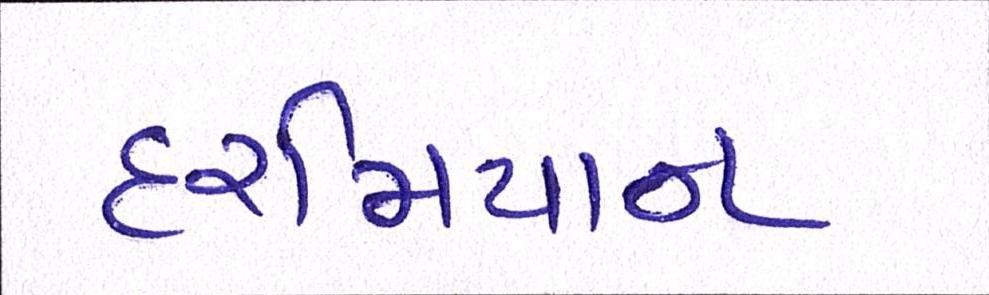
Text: દરમિયાન